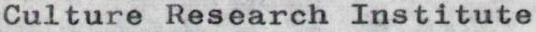
Culture Research Institute